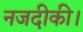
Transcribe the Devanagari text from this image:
नजदीकी।